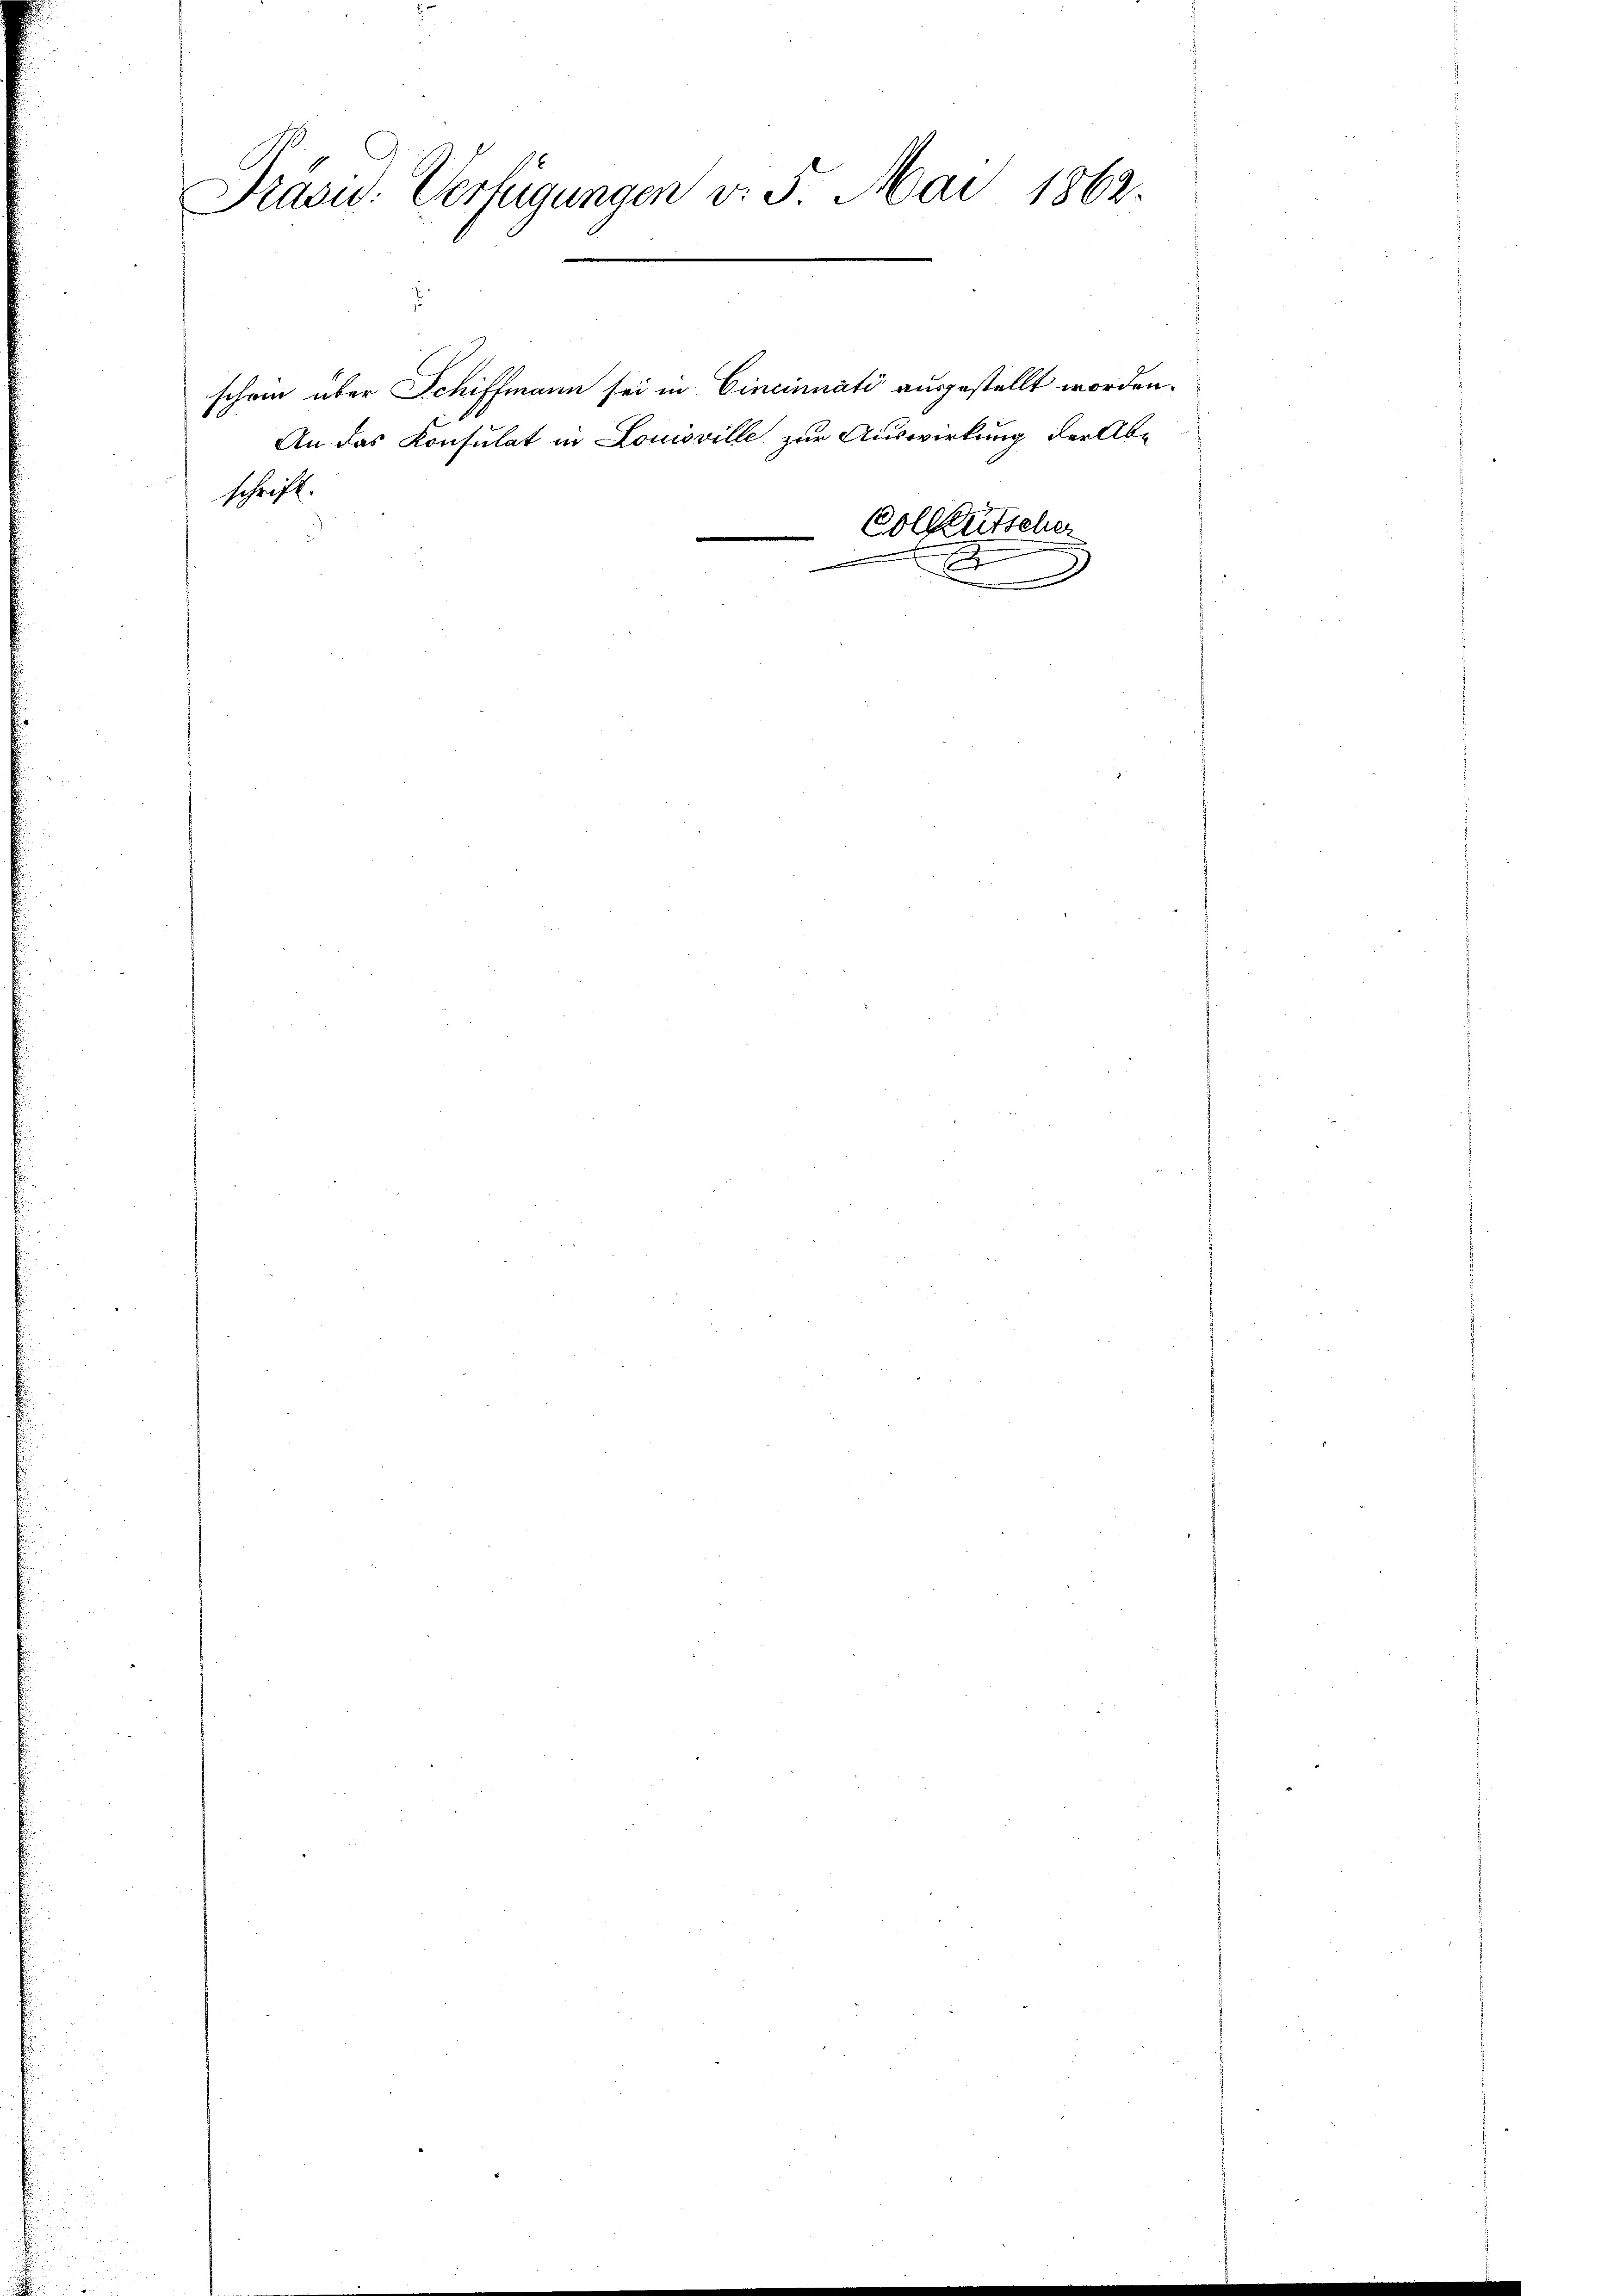
Präsid. Verfügungen v. 5. Mai 1862.

schrift.
Collen steher
e
.

schein über Schiffmann sei in Cincinnati ausgestellt worden.
An das Konsulat in Louisville zur Auswirkung der Ab-